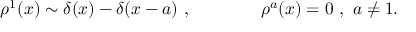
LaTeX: \rho ^ { 1 } ( x ) \sim \delta ( x ) - \delta ( x - a ) \ , \qquad \qquad \rho ^ { a } ( x ) = 0 \ , \ a \neq 1 .